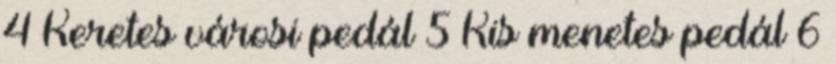
4 Keretes városi pedál 5 Kis menetes pedál 6